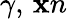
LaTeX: \gamma,\, \mathbf{x}n